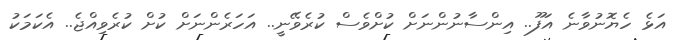
އަޅެ ހެޔޮނުވާނެ އަފޫ.. އިންސާނުންނަށް ކުށްވެސް ކުރެވޭނީ.. އަހަރެންނަށް ކުށް ކުރެވިއްޖެ.. އެކަމަކު